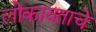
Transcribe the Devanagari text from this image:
लोकायताचे